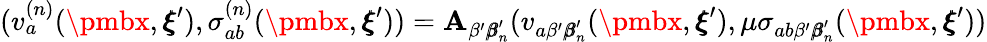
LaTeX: (v_{a}^{(n)}({\pmbx},{\pmb\xi}^{\prime}),\sigma_{ab}^{(n)}({\pmbx},{\pmb\xi}^{\prime}))=\mathbf{A}_{\beta^{\prime}{\pmb\beta}_{n}^{\prime}}(v_{a\beta^{\prime}{\pmb\beta}_{n}^{\prime}}({\pmbx},{\pmb\xi}^{\prime}),\mu\sigma_{ab\beta^{\prime}{\pmb\beta}_{n}^{\prime}}({\pmbx},{\pmb\xi}^{\prime}))